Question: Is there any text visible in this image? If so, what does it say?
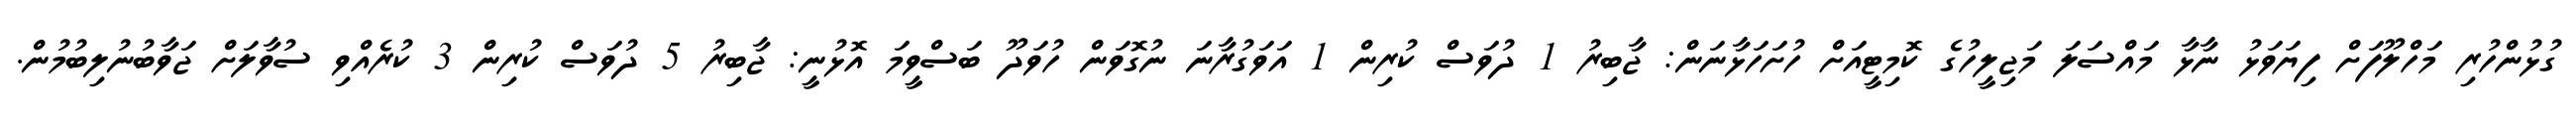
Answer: ގުޅުންހުރި މަހްލޫފަށް ފިޔަވަޅު ނާޅާ މައްސަލަ މަޖިލީހުގެ ކޮމިޓީއަށް ހުށަހަޅާނަން: ޖާބިރު 1 ދުވަސް ކުރިން 1 އަވަގުރާނަ ނުގޮވަން ހުވަދޫ ބަސްވީމަ އޮޅުނީ: ޖާބިރު 5 ދުވަސް ކުރިން 3 ކުރެއްވި ސުވާލަށް ޖަވާބުނުލިބުމުން.